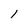
Character: I